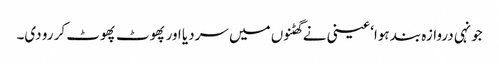
جونہی دروازہ بند ہوا‘ عینی نے گھٹنوں میں سردیا اور پھوٹ پھوٹ کر رو دی۔